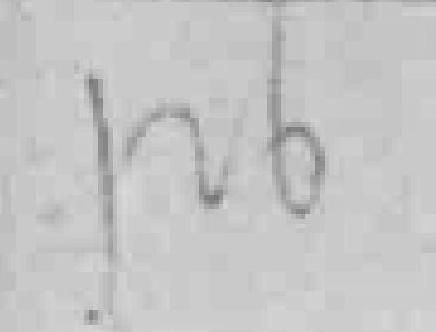
126